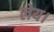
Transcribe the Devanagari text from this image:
लेय।